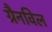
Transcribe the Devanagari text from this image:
ग्रैनविल